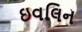
ઇવલિન